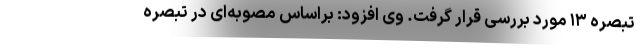
تبصره ۱۳ مورد بررسی قرار گرفت. وی افزود: براساس مصوبه‌ای در تبصره